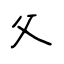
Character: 父